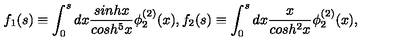
f _ { 1 } ( s ) \equiv \int _ { 0 } ^ { s } d x \frac { s i n h x } { c o s h ^ { 5 } x } \phi _ { 2 } ^ { ( 2 ) } ( x ) , f _ { 2 } ( s ) \equiv \int _ { 0 } ^ { s } d x \frac { x } { c o s h ^ { 2 } x } \phi _ { 2 } ^ { ( 2 ) } ( x ) ,